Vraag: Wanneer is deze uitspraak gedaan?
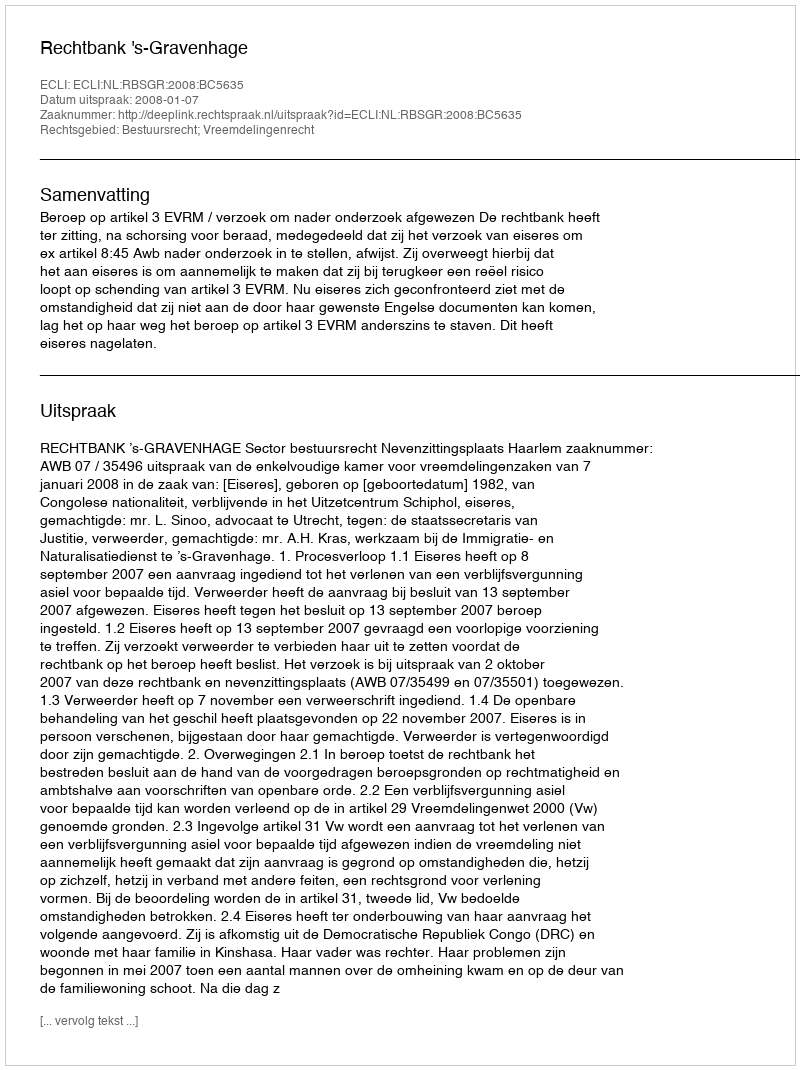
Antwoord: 2008-01-07